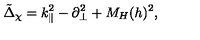
\tilde { \Delta } _ { \chi } = k _ { \| } ^ { 2 } - \partial _ { \bot } ^ { 2 } + M _ { H } ( h ) ^ { 2 } ,